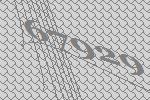
67929